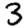
Digit: 3